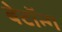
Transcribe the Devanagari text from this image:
बेटॉन्ग